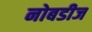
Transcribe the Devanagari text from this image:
नोबडीज